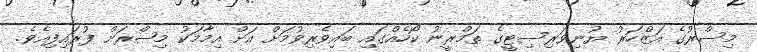
މިސްރުގެ އަޒްހަރު ޔުނިވަރިސިޓީގެ ތަމްރީނު ކޯހެއްގައި ބައިވެރިވުމަށް އަށް އިމާމަކު މިޞްރަށް ފުރައިފިއެވެ.